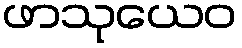
ဖာသုယေဝ